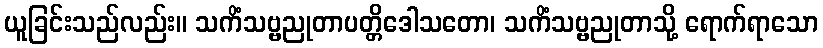
ယူခြင်းသည်လည်း။ သကိံသဗ္ဗညုတာပတ္တိဒေါသတော၊ သကိံသဗ္ဗညုတာသို့ ရောက်ရာသော